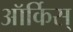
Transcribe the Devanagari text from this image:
ऑर्किस्